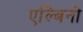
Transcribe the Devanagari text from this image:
एल्बिनो